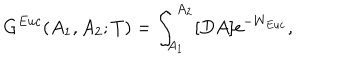
G ^ { E u c } ( A _ { 1 } , A _ { 2 } ; T ) = \int _ { A _ { 1 } } ^ { A _ { 2 } } [ D A ] e ^ { - W _ { E u c } } ,